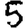
Digit: 5